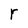
Character: r